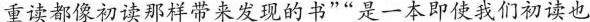
重读都像初读那样带来发现的书”“是一本即使我们初读也